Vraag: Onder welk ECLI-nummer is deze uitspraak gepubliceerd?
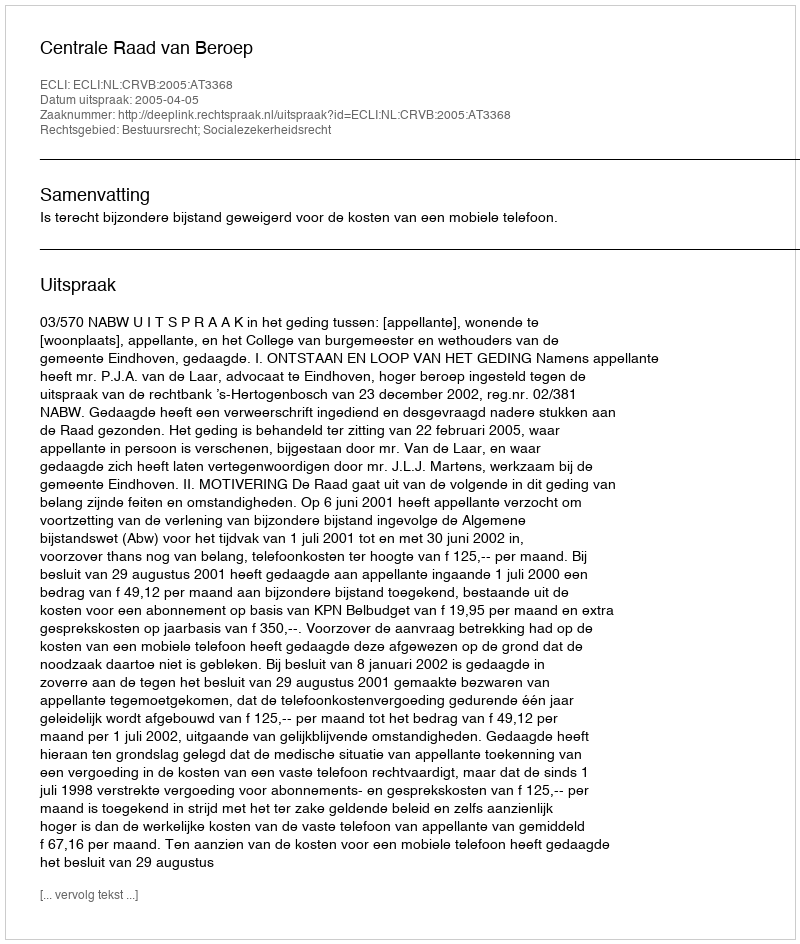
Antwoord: ECLI:NL:CRVB:2005:AT3368